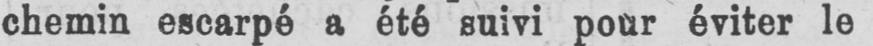
chemin escarpé a été suivi pour éviter le